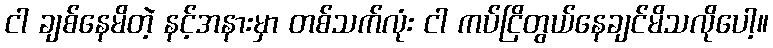
ငါ ချစ်နေမိတဲ့ နင့်အနားမှာ တစ်သက်လုံး ငါ ကပ်ငြိတွယ်နေချင်မိသလိုပေါ့။